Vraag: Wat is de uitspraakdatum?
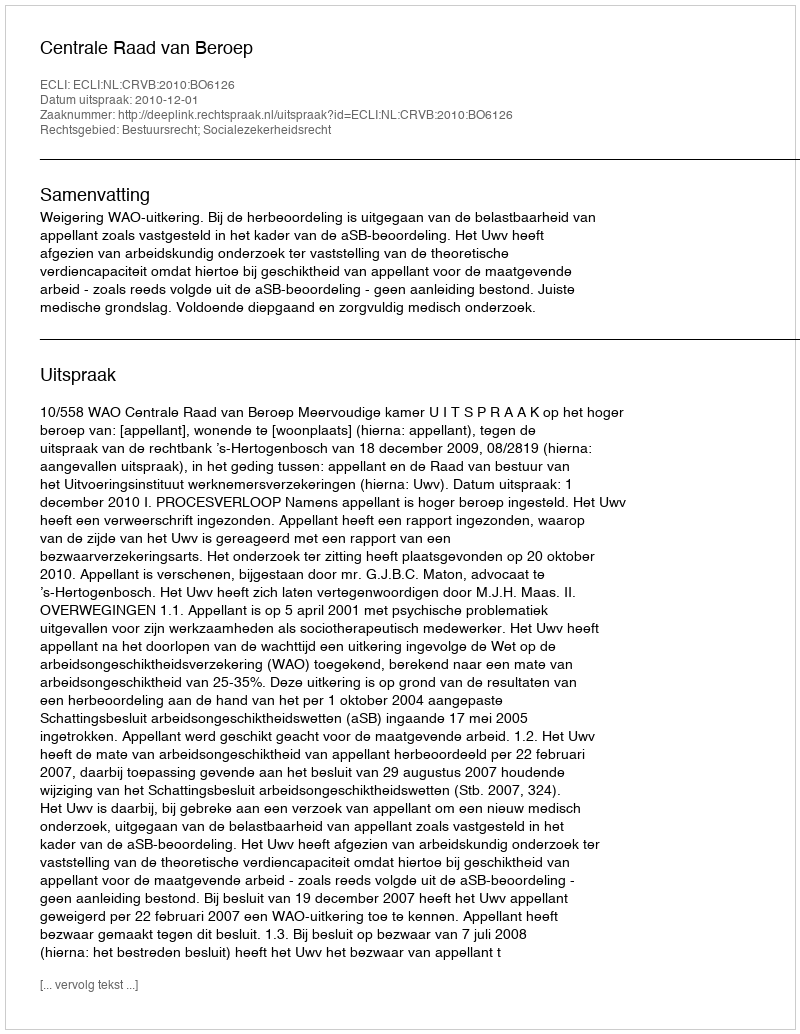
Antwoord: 2010-12-01